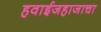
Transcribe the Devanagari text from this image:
हवाईजहाजाचा